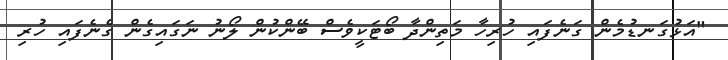
"އަޅުގަނޑުމެން ގަނެފައި ހުރިހާ މަތިންދާ ބޯޓަކީވެސް ބޭންކުން ލޯނު ނަގައިގެން ގެނެފައި ހުރި